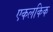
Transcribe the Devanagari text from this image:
एकलकिक